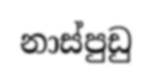
නාස්පුඩු